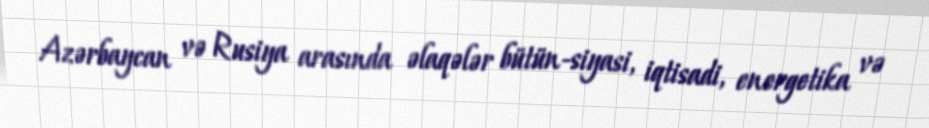
Azərbaycan və Rusiya arasında əlaqələr bütün-siyasi, iqtisadi, energetika və